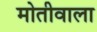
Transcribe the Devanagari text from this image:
मोतीवाला